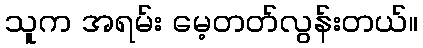
သူက အရမ်း မေ့တတ်လွန်းတယ်။